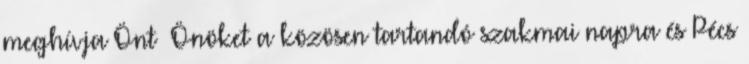
meghívja Önt Önöket a közösen tartandó szakmai napra és Pécs